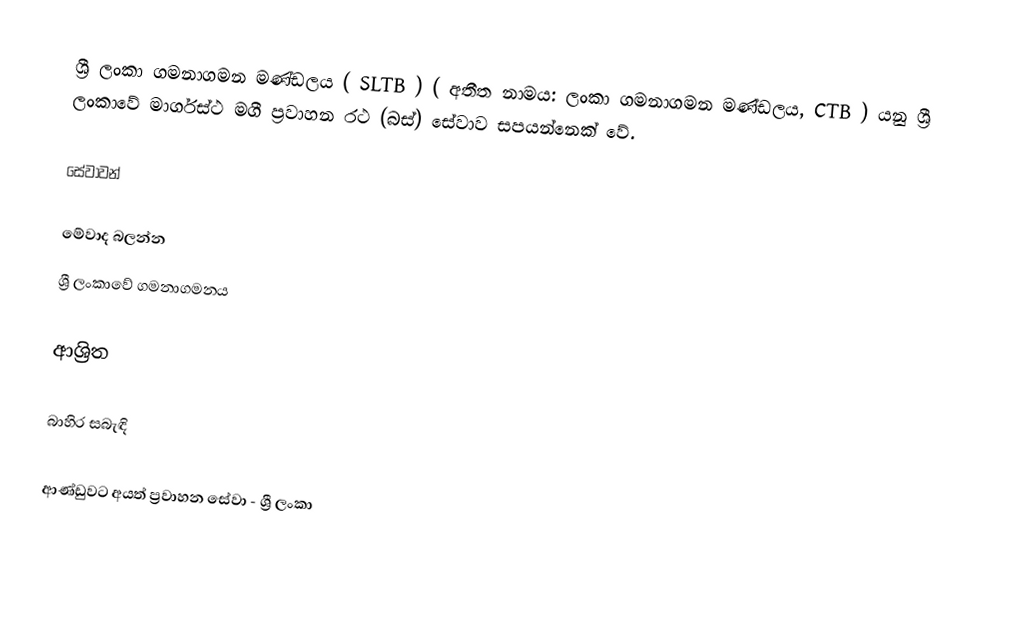
ශ්‍රී ලංකා ගමනාගමන මණ්ඩලය ( SLTB ) ( අතීත නාමය: ලංකා ගමනාගමන මණ්ඩලය, CTB ) යනු ශ්‍රී ලංකාවේ මාර්ගස්ථ මගී ප්‍රවාහන රථ (බස්) සේවාව සපයන්නෙක් වේ.

සේවාවන්

මේවාද බලන්න
ශ්‍රී ලංකාවේ ගමනාගමනය

ආශ්‍රිත

බාහිර සබැඳි

ආණ්ඩුවට අයත් ප්‍රවාහන සේවා - ශ්‍රී ලංකා